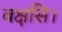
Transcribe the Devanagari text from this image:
बक्षसि।